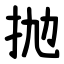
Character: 抛